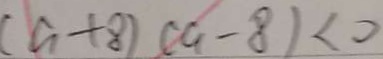
( a + 8 ) ( a - 8 ) < 0